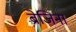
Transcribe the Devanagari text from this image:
ब्रेजिना